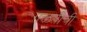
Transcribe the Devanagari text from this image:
गळतीची